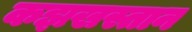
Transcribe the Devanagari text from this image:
कझखस्तान